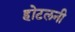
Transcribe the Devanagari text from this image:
होटलनी